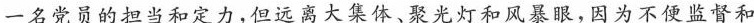
一名党员的担当和定力，但远离大集体、聚光灯和风暴眼，因为不便监督和